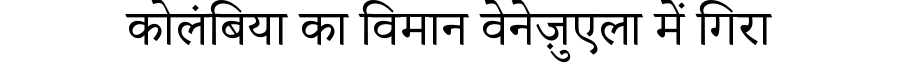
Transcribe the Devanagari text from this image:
कोलंबिया का विमान वेनेज़ुएला में गिरा